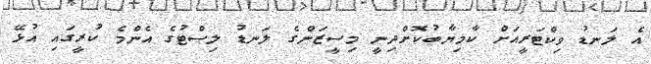
އެ ލަނޑު ވިކްޓަރީއަށް ކާމިޔާބުކޮށްދިނީ މިސީޒަންގެ ލަނޑު ލިސްޓުގެ އެންމެ ކުރީގައި އުޅޭ